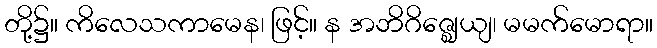
တို့၌။ ကိလေသကာမေန၊ ဖြင့်။ န အဘိဂိဇ္ဈေယျ၊ မမက်မောရာ။